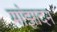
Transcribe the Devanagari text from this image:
मांझादन